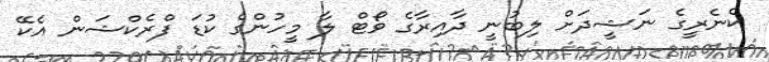
ކެނެރީގެ ނަޝީދަށް ލިބުނީ ދާއިރާގެ ވޯޓް ލާ މީހުންގެ ކުޑަ ފްރެކްޝަން އެކޭ